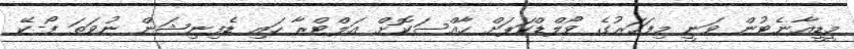
މީޑީއާނެޓުން ވަނީ މިފަހަރުގެ ވޯލްޑްކަޕަށް ހާއްސަކޮށް އަލްޓްރާ ހައި ޑެފިނިޝަން ނުވަތަ ފޯ-ކޭ